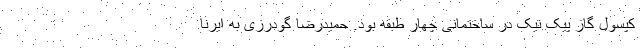
کپسول گاز پیک نیک در ساختمانی چهار طبقه بود. حمیدرضا گودرزی به ایرنا